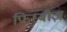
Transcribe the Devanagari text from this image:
फ्रिस्बीज़